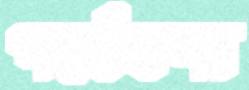
পর্যেষণা